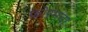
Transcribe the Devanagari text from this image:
फ़ोरमचा